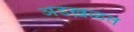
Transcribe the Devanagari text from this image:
अडख़ळत